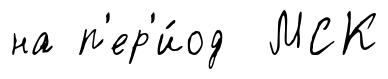
на п'ер'и́од МСК